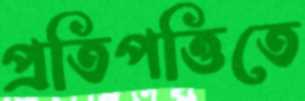
প্রতিপত্তিতে